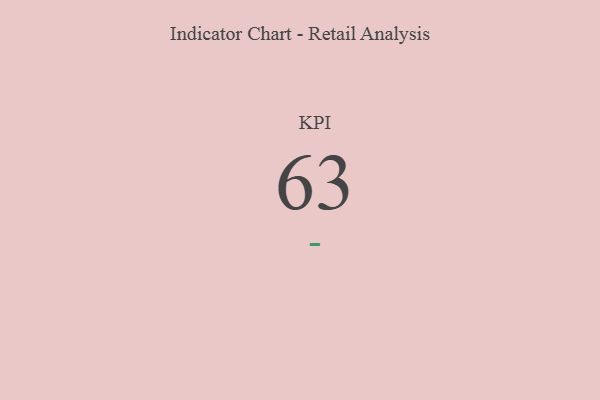
{"axis": {"x": "KPI", "y": "Value"}, "legend": [""], "data": [{"x": "KPI", "y": 63, "type": ""}]}